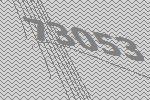
73053